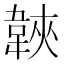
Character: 𩎱